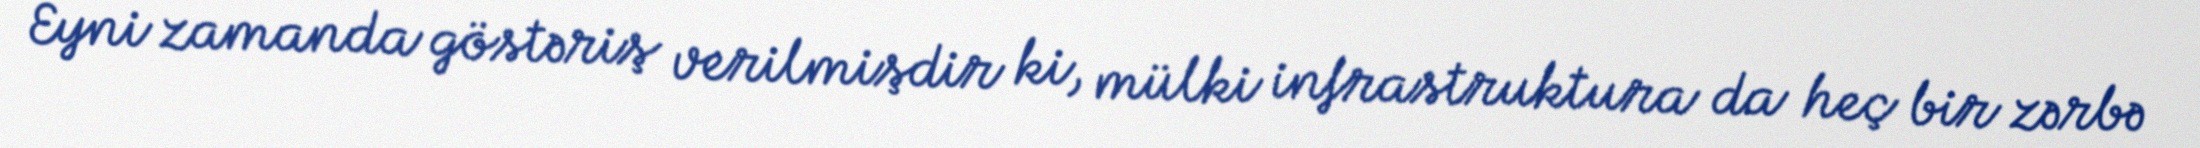
Eyni zamanda göstəriş verilmişdir ki, mülki infrastruktura da heç bir zərbə